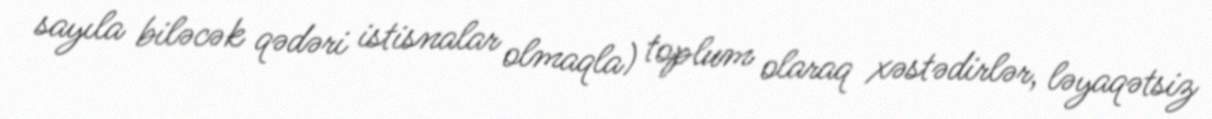
sayıla biləcək qədəri istisnalar olmaqla) toplum olaraq xəstədirlər, ləyaqətsiz